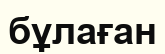
бұлаған